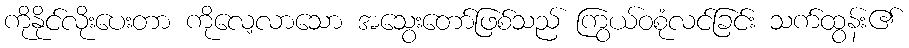
ကိုနိုင်လိုးပေးတာ ကိုလေ့လာသော အသွေးတော်ဖြစ်သည် ကြွယ်ဝစုံလင်ခြင်း သက်ထွန်း၏